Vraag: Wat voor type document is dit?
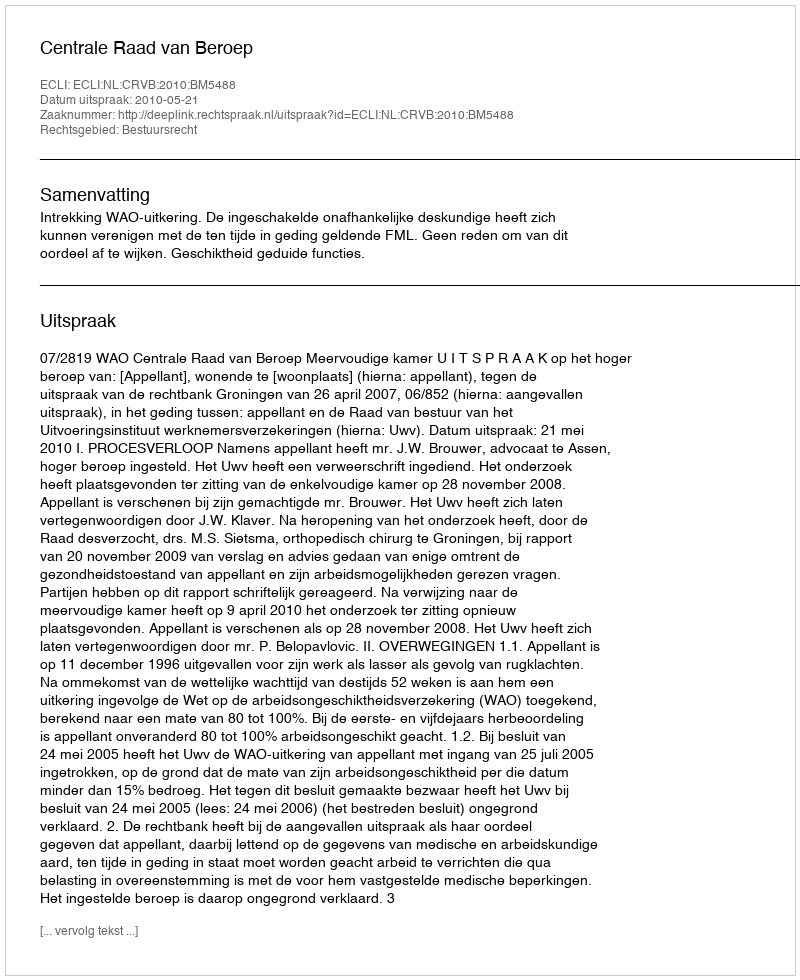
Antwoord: Uitspraak